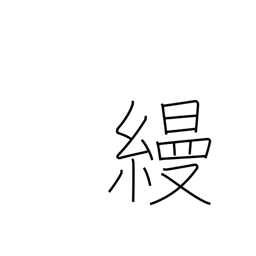
Meaning: unpatterned silk